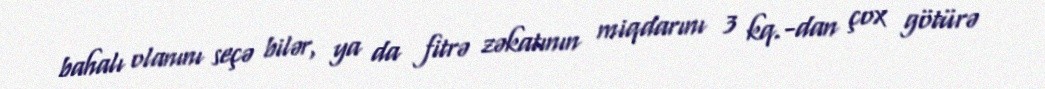
bahalı olanını seçə bilər, ya da fitrə zəkatının miqdarını 3 kq.-dan çox götürə